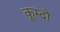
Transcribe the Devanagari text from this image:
कूम्दो